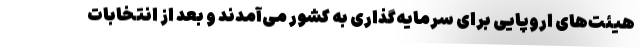
هیئت‌های اروپایی برای سرمایه‌گذاری به کشور می‌آمدند و بعد از انتخابات